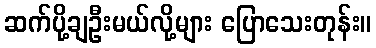
ဆက်ပို့ချဦးမယ်လို့များ ပြောသေးတုန်း။